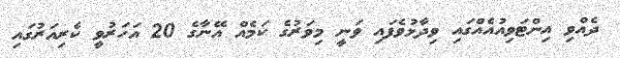
ދެއްވި އިންޓަވިއުއެއްގައި ވިދާޅުވެފައި ވަނީ މިވަރުގެ ކަމެއް އޭނާގެ 20 އަހަރުވީ ކެރިއަރުގައި